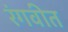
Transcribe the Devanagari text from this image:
रंगवीत